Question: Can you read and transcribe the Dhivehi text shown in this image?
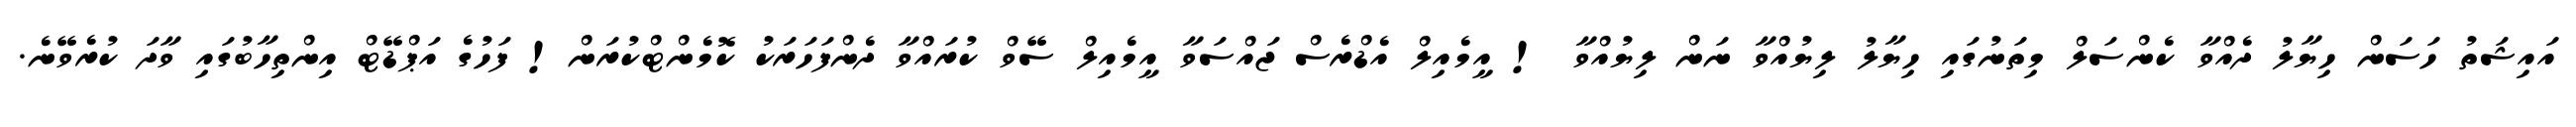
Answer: އައިޝަތު ހަސަން ހިޔާލު ދެއްވާ ކެންސަލް މިތަނުގައި ހިޔާލު ލިޔުއްވާ ނަން ލިޔުއްވާ ! އީމެއިލް އެޑްރެސް ޖައްސަވާ އީމެއިލް ސޭވް ކުރައްވާ ދެންފަހަރަކު ކޮމެންޓްކުރަން! ފަހުގެ އަޕްޑޭޓް އިންތިހާބުގައި ވާދަ ކުރެވޭނެ.